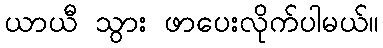
ယာယီ သွား ဖာပေးလိုက်ပါမယ်။